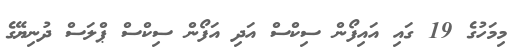
މިމަހުގެ 19 ގައި އައިފޯން ސިކްސް އަދި އަފޯން ސިކްސް ޕްލަސް ދުނިޔޭގެ